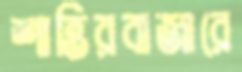
শান্তিরবাজারে